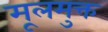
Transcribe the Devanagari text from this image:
मूलमुक्त